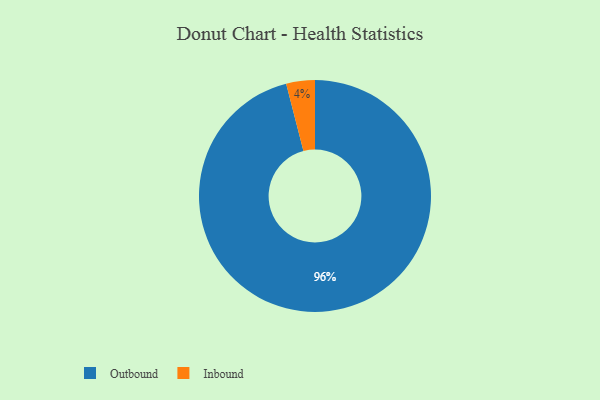
{"axis": {"x": "Category", "y": "Percentage"}, "legend": ["Inbound", "Outbound"], "data": [{"x": "Outbound", "y": 96, "type": "Outbound"}, {"x": "Inbound", "y": 4, "type": "Inbound"}]}